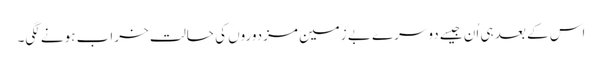
اس کے بعد ہی اُن جیسے دوسرے بے زمین مزدوروں کی حالت خراب ہونے لگی۔